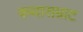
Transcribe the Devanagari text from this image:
कथासम्राट